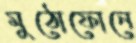
মুঠোফোনে